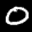
Label: 0